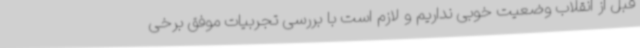
قبل از انقلاب وضعیت خوبی نداریم و لازم است با بررسی تجربیات موفق برخی